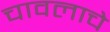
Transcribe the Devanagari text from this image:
चावलाचे